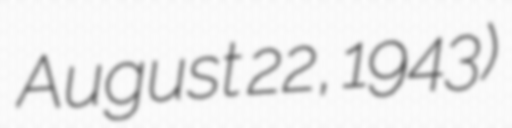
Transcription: August 22, 1943)